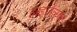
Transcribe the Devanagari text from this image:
हाइजेलक